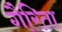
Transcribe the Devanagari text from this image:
गैरिता